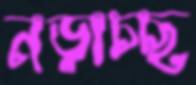
নড়াচ্ছ